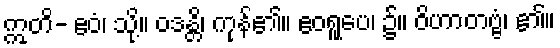
ဣတိ- ဧဝံ၊ သို့။ ဝဒန္တိ၊ ကုန်၏။ ဧဝရူပေ၊ ၌။ ဝိဟာတဗ္ဗံ၊ ၏။